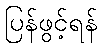
ပြန်ဖွင့်ရန်